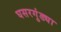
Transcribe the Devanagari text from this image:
घसरगुंड्या